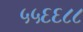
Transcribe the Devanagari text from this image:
५५६६८८